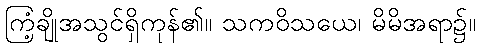
ကြံ့ချိုအသွင်ရှိကုန်၏။ သကဝိသယေ၊ မိမိအရာ၌။